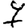
Digit: 7